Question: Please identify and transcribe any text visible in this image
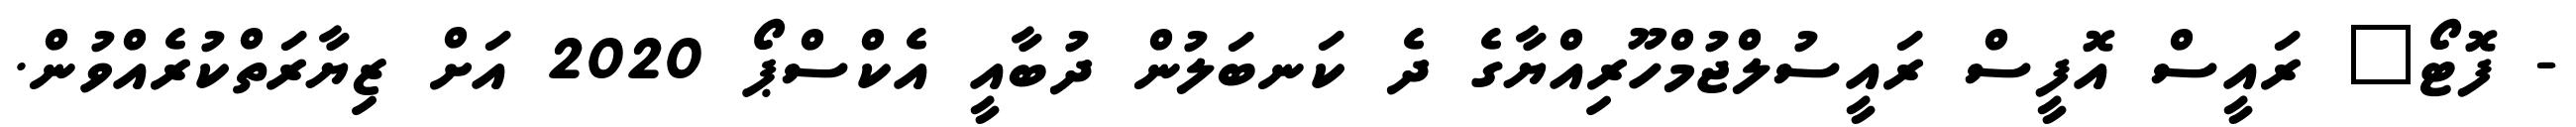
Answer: - ފޮޓޯ" ރައީސް އޮފީސް ރައީސުލްޖުމްހޫރިއްޔާގެ ދެ ކަނބަލުން ދުބާއީ އެކްސްޕޯ 2020 އަށް ޒިޔާރަތްކުރެއްވުން.